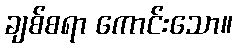
ချစ်စရာ ကောင်းသော။